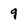
Character: 9